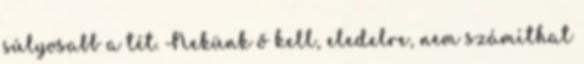
súlyosabb a tét. Nekünk ő kell, eledelre, nem számíthat